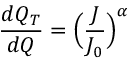
\frac { d Q _ { T } } { d Q } = \Big ( \frac { J } { J _ { 0 } } \Big ) ^ { \alpha }